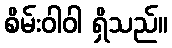
စိမ်းဝါဝါ ရှိသည်။